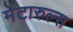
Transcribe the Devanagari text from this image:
मेटारुल्स